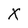
Character: X